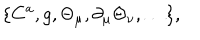
LaTeX: \{ C ^ { a } , g , \Theta _ { \mu } , \partial _ { \mu } \Theta _ { \nu } , \ldots \} ,